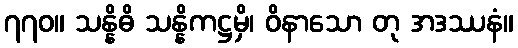
၇၇၀။ သန္နိဓိ သန္နိကဋ္ဌမှိ၊ ဝိနာသော တု အဒဿနံ။